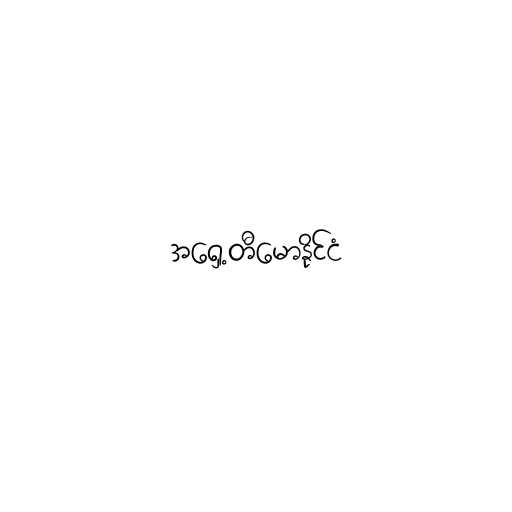
အရှေ့တီမောနိုင်ငံ